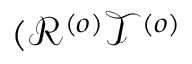
( \mathcal { R } ^ { \left( o \right) } \mathcal { T } ^ { \left( o \right) }